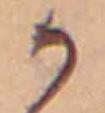
か